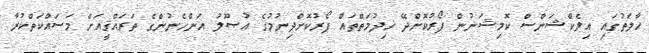
ޙާލަތުގައި އިލެކްޝަންސް ކޮމިޝަނުން ފޯރުކޮށްދޭ ޚިދުމަތްތައް ފޯރުކޮށްދިނުމުގެ އުޞޫލު އަންހެނުންގެ ތަރައްޤީއަށް މަސައްކަތްކުރާ